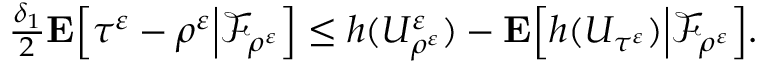
\begin{array} { r } { \frac { \delta _ { 1 } } { 2 } \mathbf { E } \Big [ \tau ^ { \varepsilon } - \rho ^ { \varepsilon } \Big | \mathscr { F } _ { \rho ^ { \varepsilon } } \Big ] \leq h ( U _ { \rho ^ { \varepsilon } } ^ { \varepsilon } ) - \mathbf { E } \Big [ h ( U _ { \tau ^ { \varepsilon } } ) \Big | \mathscr { F } _ { \rho ^ { \varepsilon } } \Big ] . } \end{array}